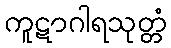
ကူဋာဂါရသုတ္တံ